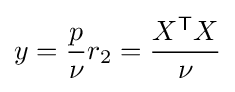
y={\frac {p}{\nu }}r_{2}={\frac {X^{\mathsf {T}}X}{\nu }}